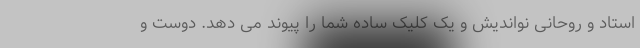
استاد و روحانی نو‌اندیش و یک کلیک ساده شما را پیوند می دهد. دوست و